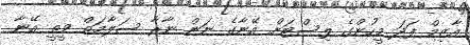
އާޒިމް ފަދަ މީހުންގެ ލިސްޓަށް އޭނާގެ ނަން ނާރާ ސަލާމަތް ވީތީ އޭނާ